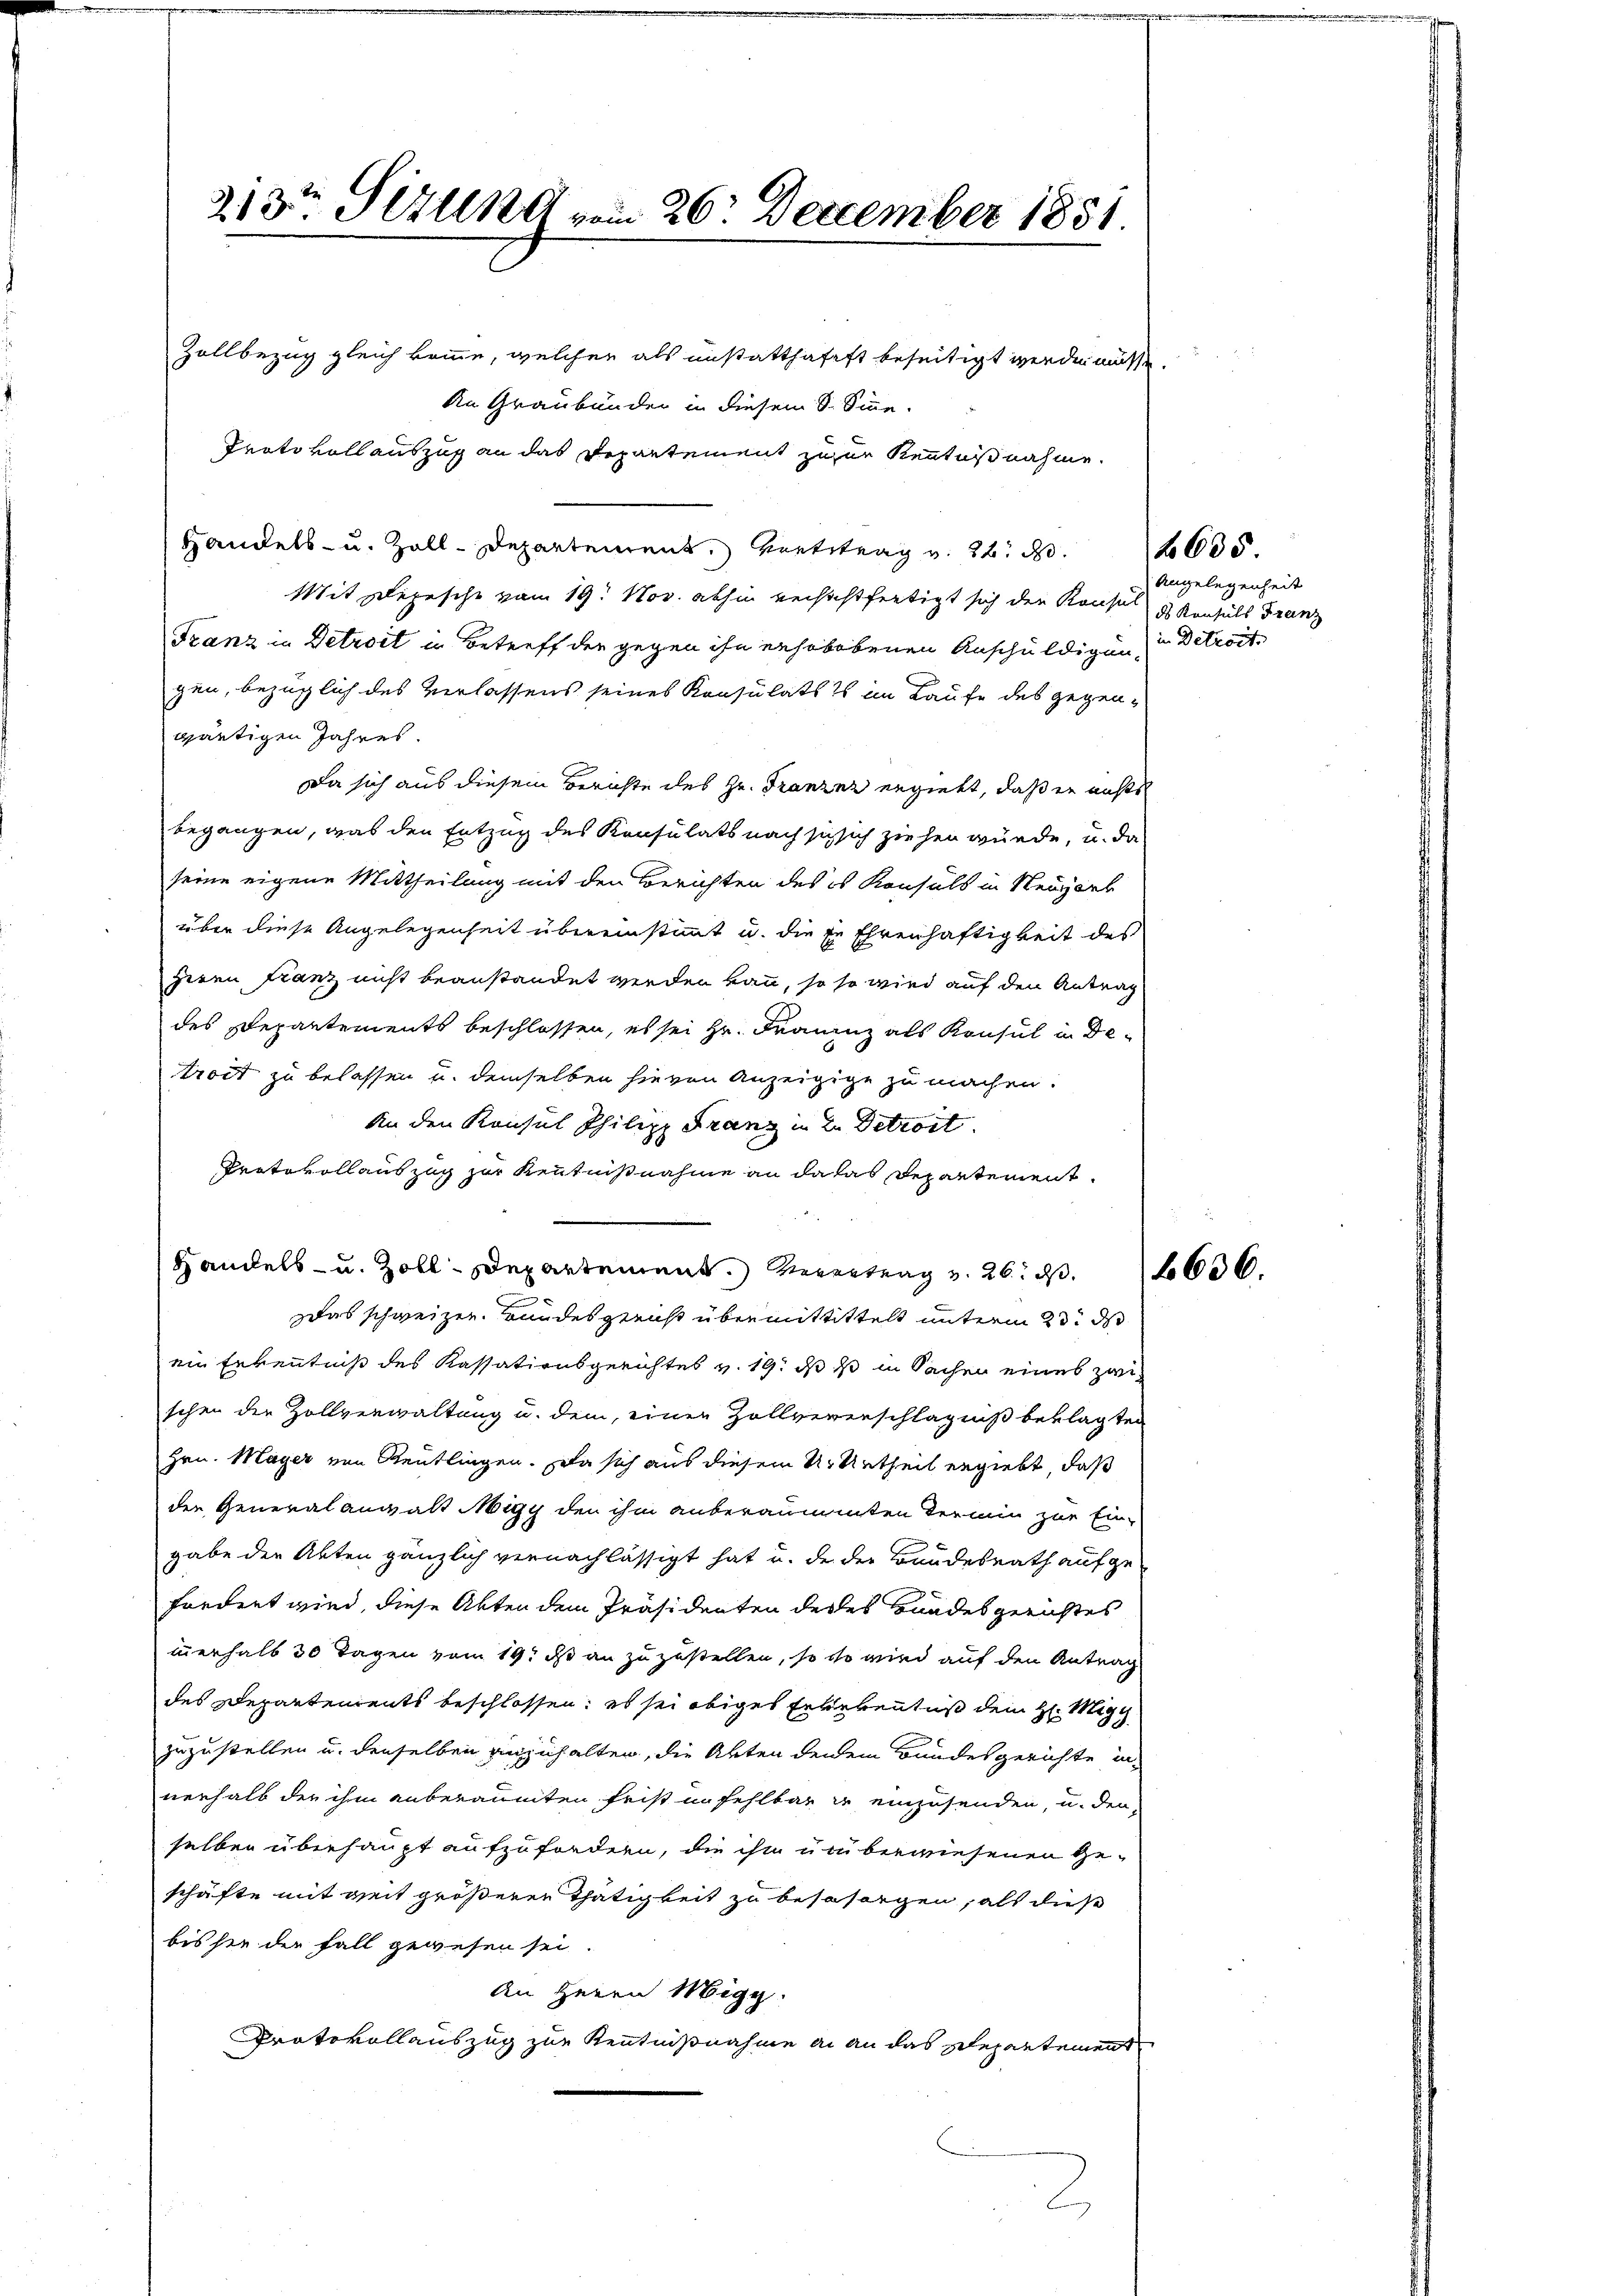
213ten Sizung vom 26. December 1851
Zollbezug gleich komme, welcher als unstatthafft beseitigt werden müsse.

An Graubünder in diesem S. Sine.
Protokoll auszug an das Departement zuzur Kenntnißnahme
Handels- u. Zoll-Departement Hintetrag v. 22. d.
Mit Depesche vom 19. Nov. abhin versichtfertigt sich den Konses Konsuls Franz
Franz in Detroit in Betreff der gegen ihn erhobebenen Anschuldigung in Betreit
gen, bezüglich des Verlassens seines Konsulats im Laufe des gegengärtigen Jahres.
Da sich aus diesem Berichte des Hr. Franzer ergiebt, daß er nichts
begangen, was den Entzug des Konsulats nach sich sich ziehen würde, u. da
seine eigene Mittheilung mit den Berichten des es Konsuls in Neugarb
über diese Angelegenheit übereinstimmt u. die er Ehrenhaftigkeit des
Herrn Franz nicht beanstandet werden kann, so so wird auf den Antrag
des Departements beschlossen, es sei Hr. Frauenz als Konsul in Detract zu belassen u. demselben hievon Anzeigige zu machen.
An den Konsul Philipp Franz in 2. Detroit
Protokollauszug zur Kenntnißnahme an da das Departement.
Handels- u. Zoll-Departement. Verentrag v. 26. ds.
Das schweizen Bundesgericht übermittittelt unterm 23. d
ein Erkenntniß des Kassationsgerichtes v. 19. ds 10 in Sachen eines zwischen die Zollverwaltung u. dem, einen Zollvererschlägniß beklagten
Hrn. Mayer von Reutlingen. Da sich aus diesem Ur Urtheil ergiebt, daß
den Generalanwalt Migy den ihm anberaumenten Termin zur Ein-
gabe der Akten gänzlich vernachlässigt hat u. de der Bundesrath aufgefordert wird, diese Akten dem Präsidenten deres Gnades Gerichtes
innerhalb 30 Tagen vom 19t d an zuzustellen, so so wird auf den Antrag
des Departements beschlossen; es sei obiges Erlebentus dem H: Migg
zuzustellen u. denselben anzuhalten, die Akten denem Bundesgerichte in
nerhalb der ihm anberaumten Frist in fehlbar in einzusenden, u. den
selben überhaupt aufzufordern, die ihm um berwiesenen Geschäfte mit geit größeren Thätigkeit zu besasorgen, als diese
bis sie der Fall gewesen sei.
An Herrn Migg.
Protokollauszug zur Kenntnißnahme an an das Departement

Angelegenheit

f 635

636.